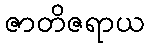
ဇာတိဇရာယ